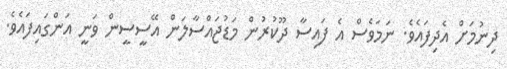
ދިނުމަށް އެދިފައެވެ. ނަމަވެސް އެ ފައިސާ ދޫކުރުން މަޑުޖައްސާލަން އޭސީސީން ވަނީ އަންގައިފައެވެ.